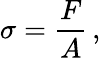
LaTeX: \sigma={\frac{F}{A}}\, ,